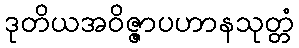
ဒုတိယအဝိဇ္ဇာပဟာနသုတ္တံ